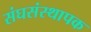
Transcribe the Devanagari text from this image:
संघसंस्थापक